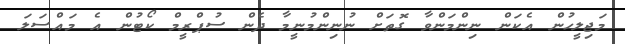
މަޖިލީހުން އެކަން ނިންމަންވާ ގޮތަށް ނުނިންމުނީމާ ދެން ސުޕްރީމް ކޯޓުން އެ މައްސަލަ